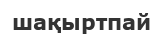
шақыртпай